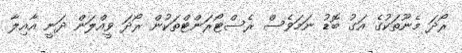
ރޯދަ މެނޫތަކުގެ އަގު ބޮޑު ނަމަވެސް ރެސްޓޯރަންޓްތަކުން ރޯދަ ވީއްލަން ދަނީ އާއިލާ